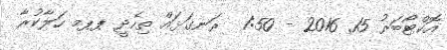
އޮކްޓޯބަރު 15